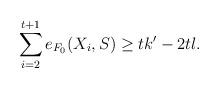
LaTeX: \begin{align*}\sum_{i=2}^{t+1}e_{F_{0}}(X_{i},S)\geq tk'- 2tl.\end{align*}